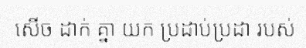
សើច ដាក់ គ្នា យក ប្រដាប់ប្រដា របស់